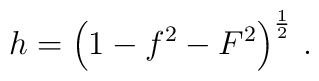
h =  \left(1 - f^2 - F^2  \right)^{1\over 2}  \,  .